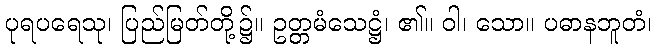
ပုရပရေသု၊ ပြည်မြတ်တို့၌။ ဥတ္တမံသေဋ္ဌံ၊ ၏။ ဝါ၊ သော။ ပဓာနဘူတံ၊